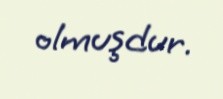
olmuşdur.